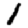
Digit: 1